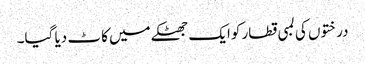
درختوں کی لمبی قطار کوایک جھٹکے میں کاٹ دیا گیا۔